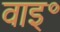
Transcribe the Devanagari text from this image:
वाइ॰